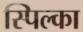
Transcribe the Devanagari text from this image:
स्पिल्का